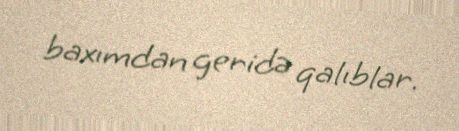
baxımdan geridə qalıblar.